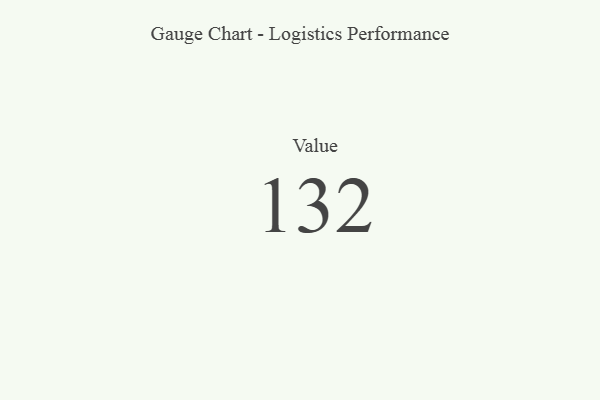
{"axis": {"x": "Metric", "y": "Value"}, "legend": [""], "data": [{"x": "Value", "y": 132, "type": ""}]}